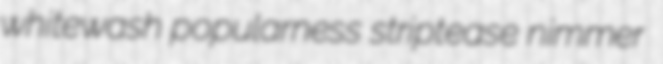
whitewash popularness striptease nimmer